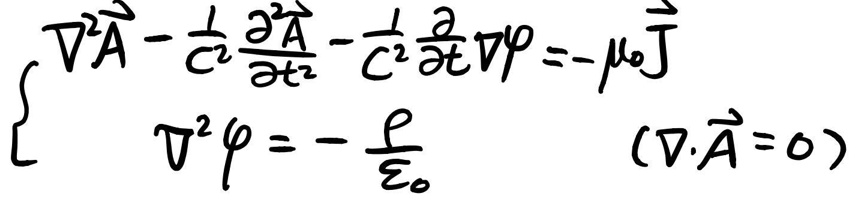
\[
\nabla^{2}\vec{A}-\frac{1}{c^{2}}\frac{\partial^{2}\vec{A}}{\partial t^{2}}-c^{2}\frac{\partial}{\partial t}\nabla\varphi =-\mu_{0}\vec{J}
\]
\[
\nabla^{2}\varphi =-\frac{\rho}{\varepsilon_{0}}\quad (\nabla\cdot\vec{A} = 0)
\]